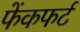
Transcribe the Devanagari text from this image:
फेंकफर्ट